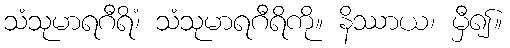
သံသုမာရဂီရိံ၊ သံသုမာရဂီရိကို။ နိဿာယ၊ မှီ၍။